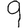
Digit: 9